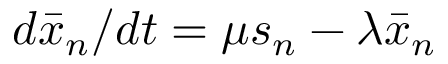
d \bar { x } _ { n } / d t = \mu s _ { n } - \lambda \bar { x } _ { n }